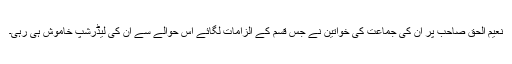
نعیم الحق صاحب پر ان کی جماعت کی خواتین نے جس قسم کے الزامات لگائے اس حوالے سے ان کی لیڈرشپ خاموش ہی رہی۔